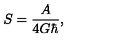
S = \frac { A } { 4 G \hbar } ,